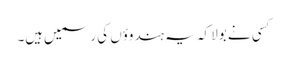
کسی نے بولا کہ یہ ہندوؤں کی رسمیں‌ہیں۔